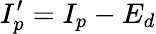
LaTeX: I_{p}^{\prime}=I_{p}-E_{d}